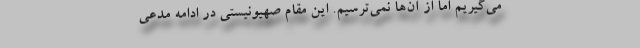
می‌گیریم اما از آن‌ها نمی‌ترسیم. این مقام صهیونیستی در ادامه مدعی